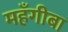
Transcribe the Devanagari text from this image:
महँगीबा